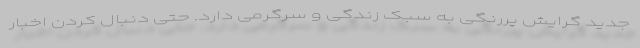
جدید گرایش پررنگی به سبک زندگی و سرگرمی دارد. حتی دنبال کردن اخبار